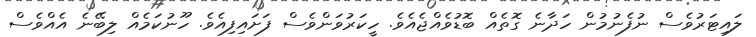
ލައިޓަރުވެސް ނުފެނުމުން ހަދާނެ ގޮތެއް ބޮޑުވެއްޖެއެވެ. ހީކަރުވަންވެސް ފަށައިފިއެވެ. ހޫނުކަމެއް ލިބޭނެ އެއްވެސް